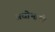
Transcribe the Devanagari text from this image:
अधोभागी